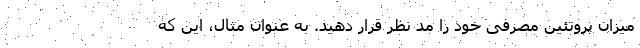
میزان پروتئین مصرفی خود را مد نظر قرار دهید. به عنوان مثال، این که